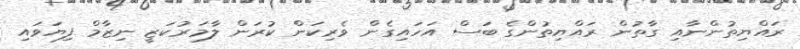
ރައްޔިތުންނާއި ގާތުން ރައްޔިތުންގެ ބަސް އަހައިގެން ވެރިކަން ކުރަން ލާމަރުކަޒީ ނިޒާމް ފިޔަވައި